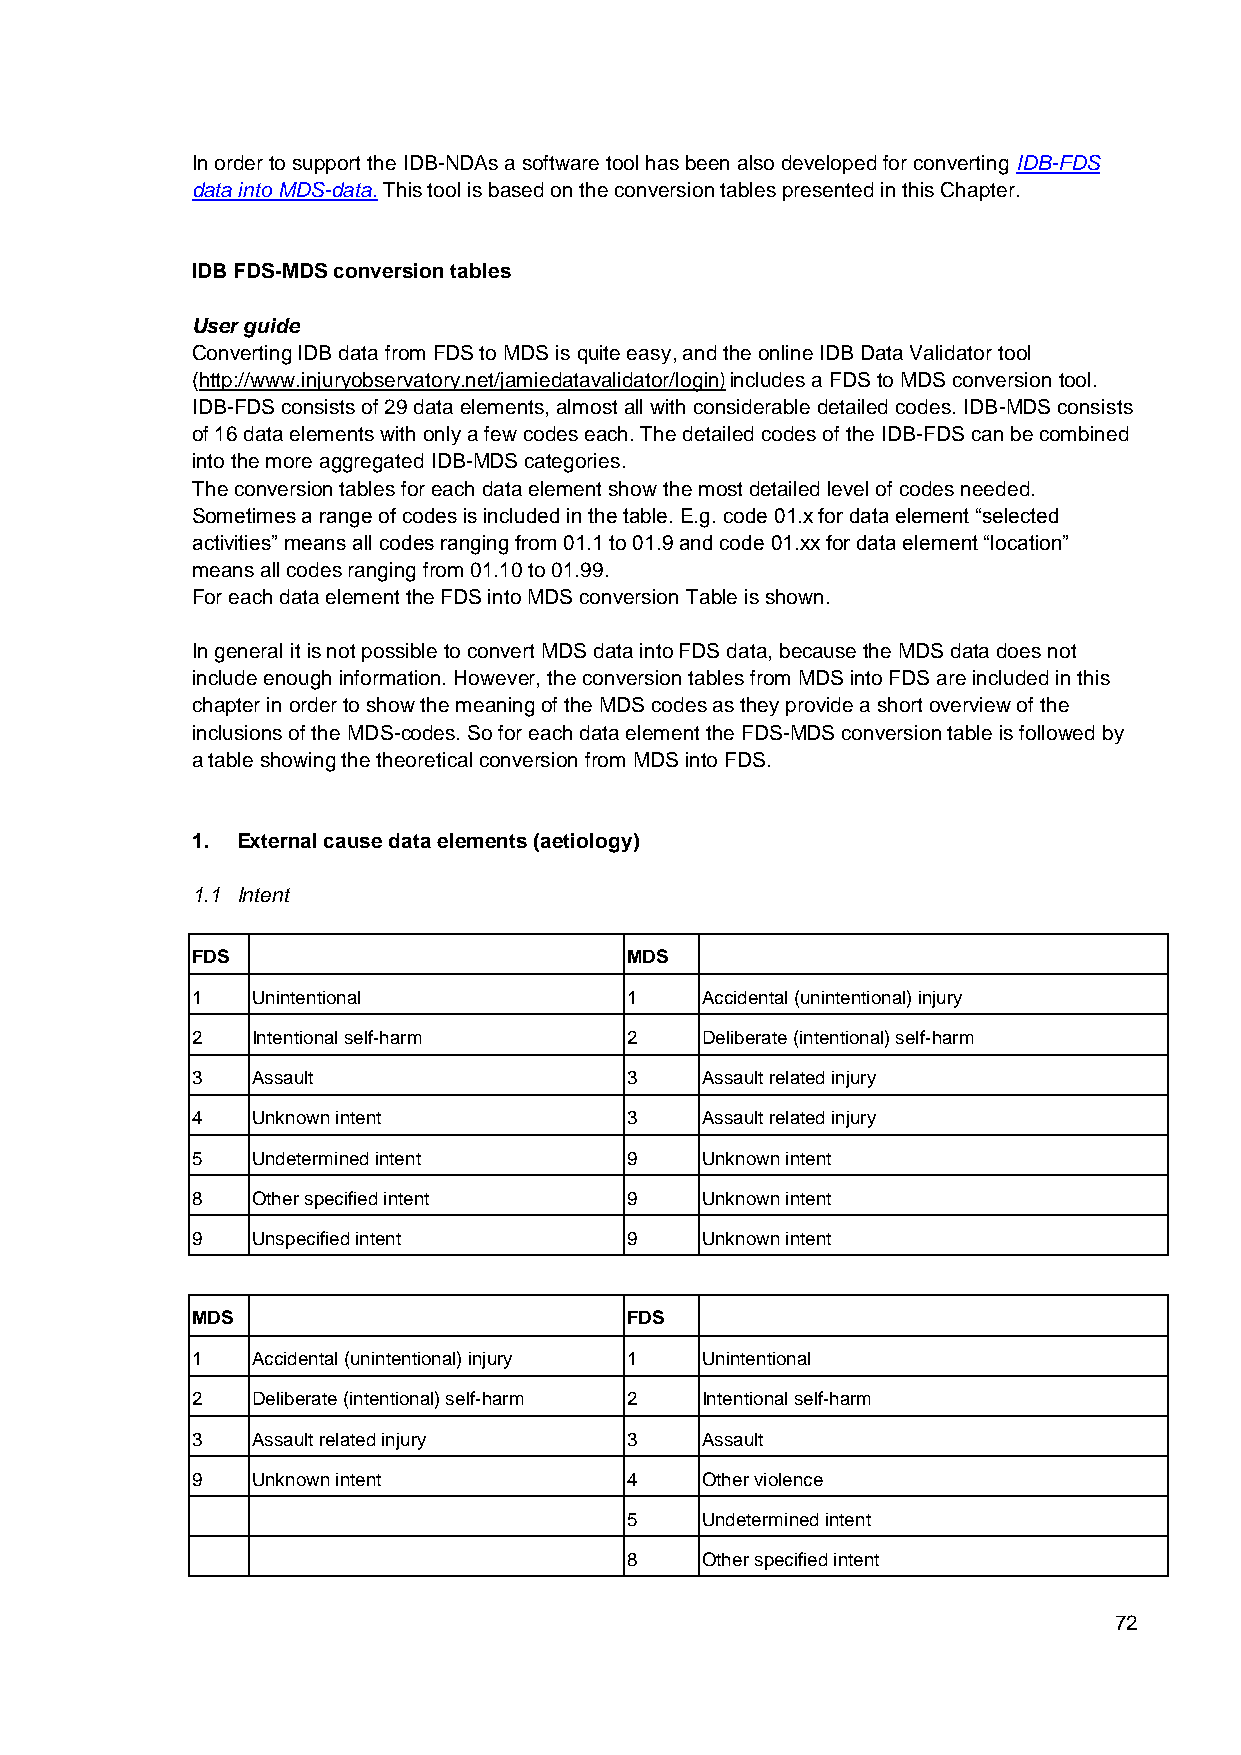
In order to support the IDB-NDAs a software tool has been also developed for converting IDB-FDS
 data into MDS-data. This tool is based on the conversion tables presented in this Chapter.
 IDB FDS-MDS conversion tables
 User guide
 Converting IDB data from FDS to MDS is quite easy, and the online IDB Data Validator tool
 (http://www.injuryobservatory.net/jamiedatavalidator/login) includes a FDS to MDS conversion tool.
 IDB-FDS consists of 29 data elements, almost all with considerable detailed codes. IDB-MDS consists
 of 16 data elements with only a few codes each. The detailed codes of the IDB-FDS can be combined
 into the more aggregated IDB-MDS categories.
 The conversion tables for each data element show the most detailed level of codes needed.
 Sometimes a range of codes is included in the table. E.g. code 01.x for data element “selected
 activities” means all codes ranging from 01.1 to 01.9 and code 01.xx for data element “location”
 means all codes ranging from 01.10 to 01.99.
 For each data element the FDS into MDS conversion Table is shown.
 In general it is not possible to convert MDS data into FDS data, because the MDS data does not
 include enough information. However, the conversion tables from MDS into FDS are included in this
 chapter in order to show the meaning of the MDS codes as they provide a short overview of the
 inclusions of the MDS-codes. So for each data element the FDS-MDS conversion table is followed by
 a table showing the theoretical conversion from MDS into FDS.
 1. External cause data elements (aetiology)
 1.1 Intent
 FDS                         MDS
 1   Unintentional           1    Accidental (unintentional) injury
 2   Intentional self-harm   2    Deliberate (intentional) self-harm
 3   Assault                 3    Assault related injury
 4   Unknown intent          3    Assault related injury
 5   Undetermined intent     9    Unknown intent
 8   Other specified intent  9    Unknown intent
 9   Unspecified intent      9    Unknown intent
 MDS                         FDS
 1   Accidental (unintentional) injury 1 Unintentional
 2   Deliberate (intentional) self-harm 2 Intentional self-harm
 3   Assault related injury  3    Assault
 9   Unknown intent          4    Other violence
 5    Undetermined intent
 8    Other specified intent
 72